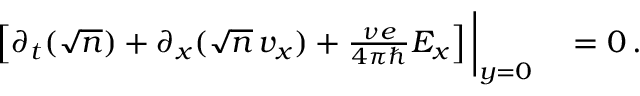
\begin{array} { r l } { \left[ \partial _ { t } ( \sqrt { n } ) + \partial _ { x } ( \sqrt { n } \, v _ { x } ) + \frac { \nu e } { 4 \pi \hbar } E _ { x } \right] \bigg | _ { y = 0 } } & { { } = 0 \, . } \end{array}